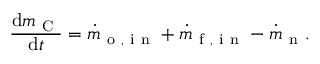
\frac { \mathrm { d } m _ { \mathrm { ~ C ~ } } } { \mathrm { d } t } = \dot { m } _ { \mathrm { ~ o ~ , ~ i ~ n ~ } } + \dot { m } _ { \mathrm { ~ f ~ , ~ i ~ n ~ } } - \dot { m } _ { \mathrm { ~ n ~ } } .